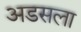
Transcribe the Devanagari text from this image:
अडसला